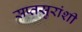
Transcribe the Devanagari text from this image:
सप्तसुरांशी